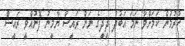
ކުރުމުން ކަމަށްވާ ނަމަ އަބުދު ދީދީގެ ނަން ރައީސް ޔާމީނު ފޮނުއްވީ ރައީސް